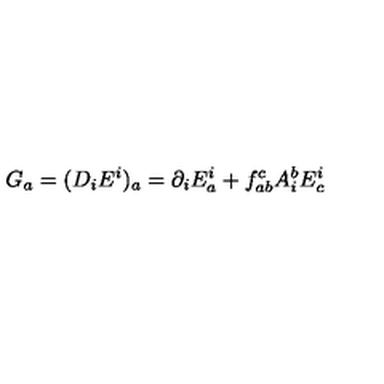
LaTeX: G _ { a } = ( D _ { i } E ^ { i } ) _ { a } = \partial _ { i } E _ { a } ^ { i } + f _ { a b } ^ { c } A _ { i } ^ { b } E _ { c } ^ { i }